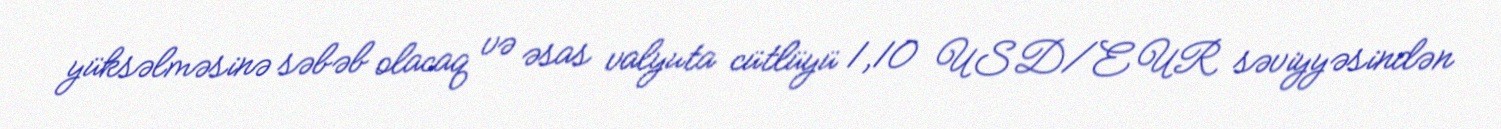
yüksəlməsinə səbəb olacaq və əsas valyuta cütlüyü 1,10 USD/EUR səviyyəsindən